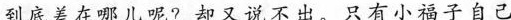
到底差在哪儿呢?却又说不出。只有小福子自己